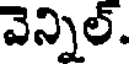
వెన్నిల్.